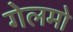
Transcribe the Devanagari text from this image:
गेलमो